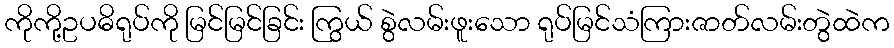
ကိုကို့ဥပဓိရုပ်ကို မြင်မြင်ခြင်း ကြွယ် စွဲလမ်းဖူးသော ရုပ်မြင်သံကြားဇာတ်လမ်းတွဲထဲက